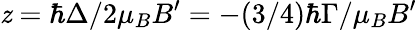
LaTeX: \mathit{z}=\hbar\Delta/2\mu_{B}B^{\prime}=-(3/4)\hbar\Gamma/\mu_{B}B^{\prime}